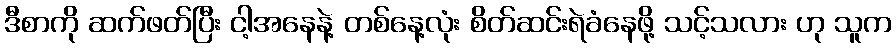
ဒီစာကို ဆက်ဖတ်ပြီး ငါ့အနေနဲ့ တစ်နေ့လုံး စိတ်ဆင်းရဲခံနေဖို့ သင့်သလား ဟု သူက